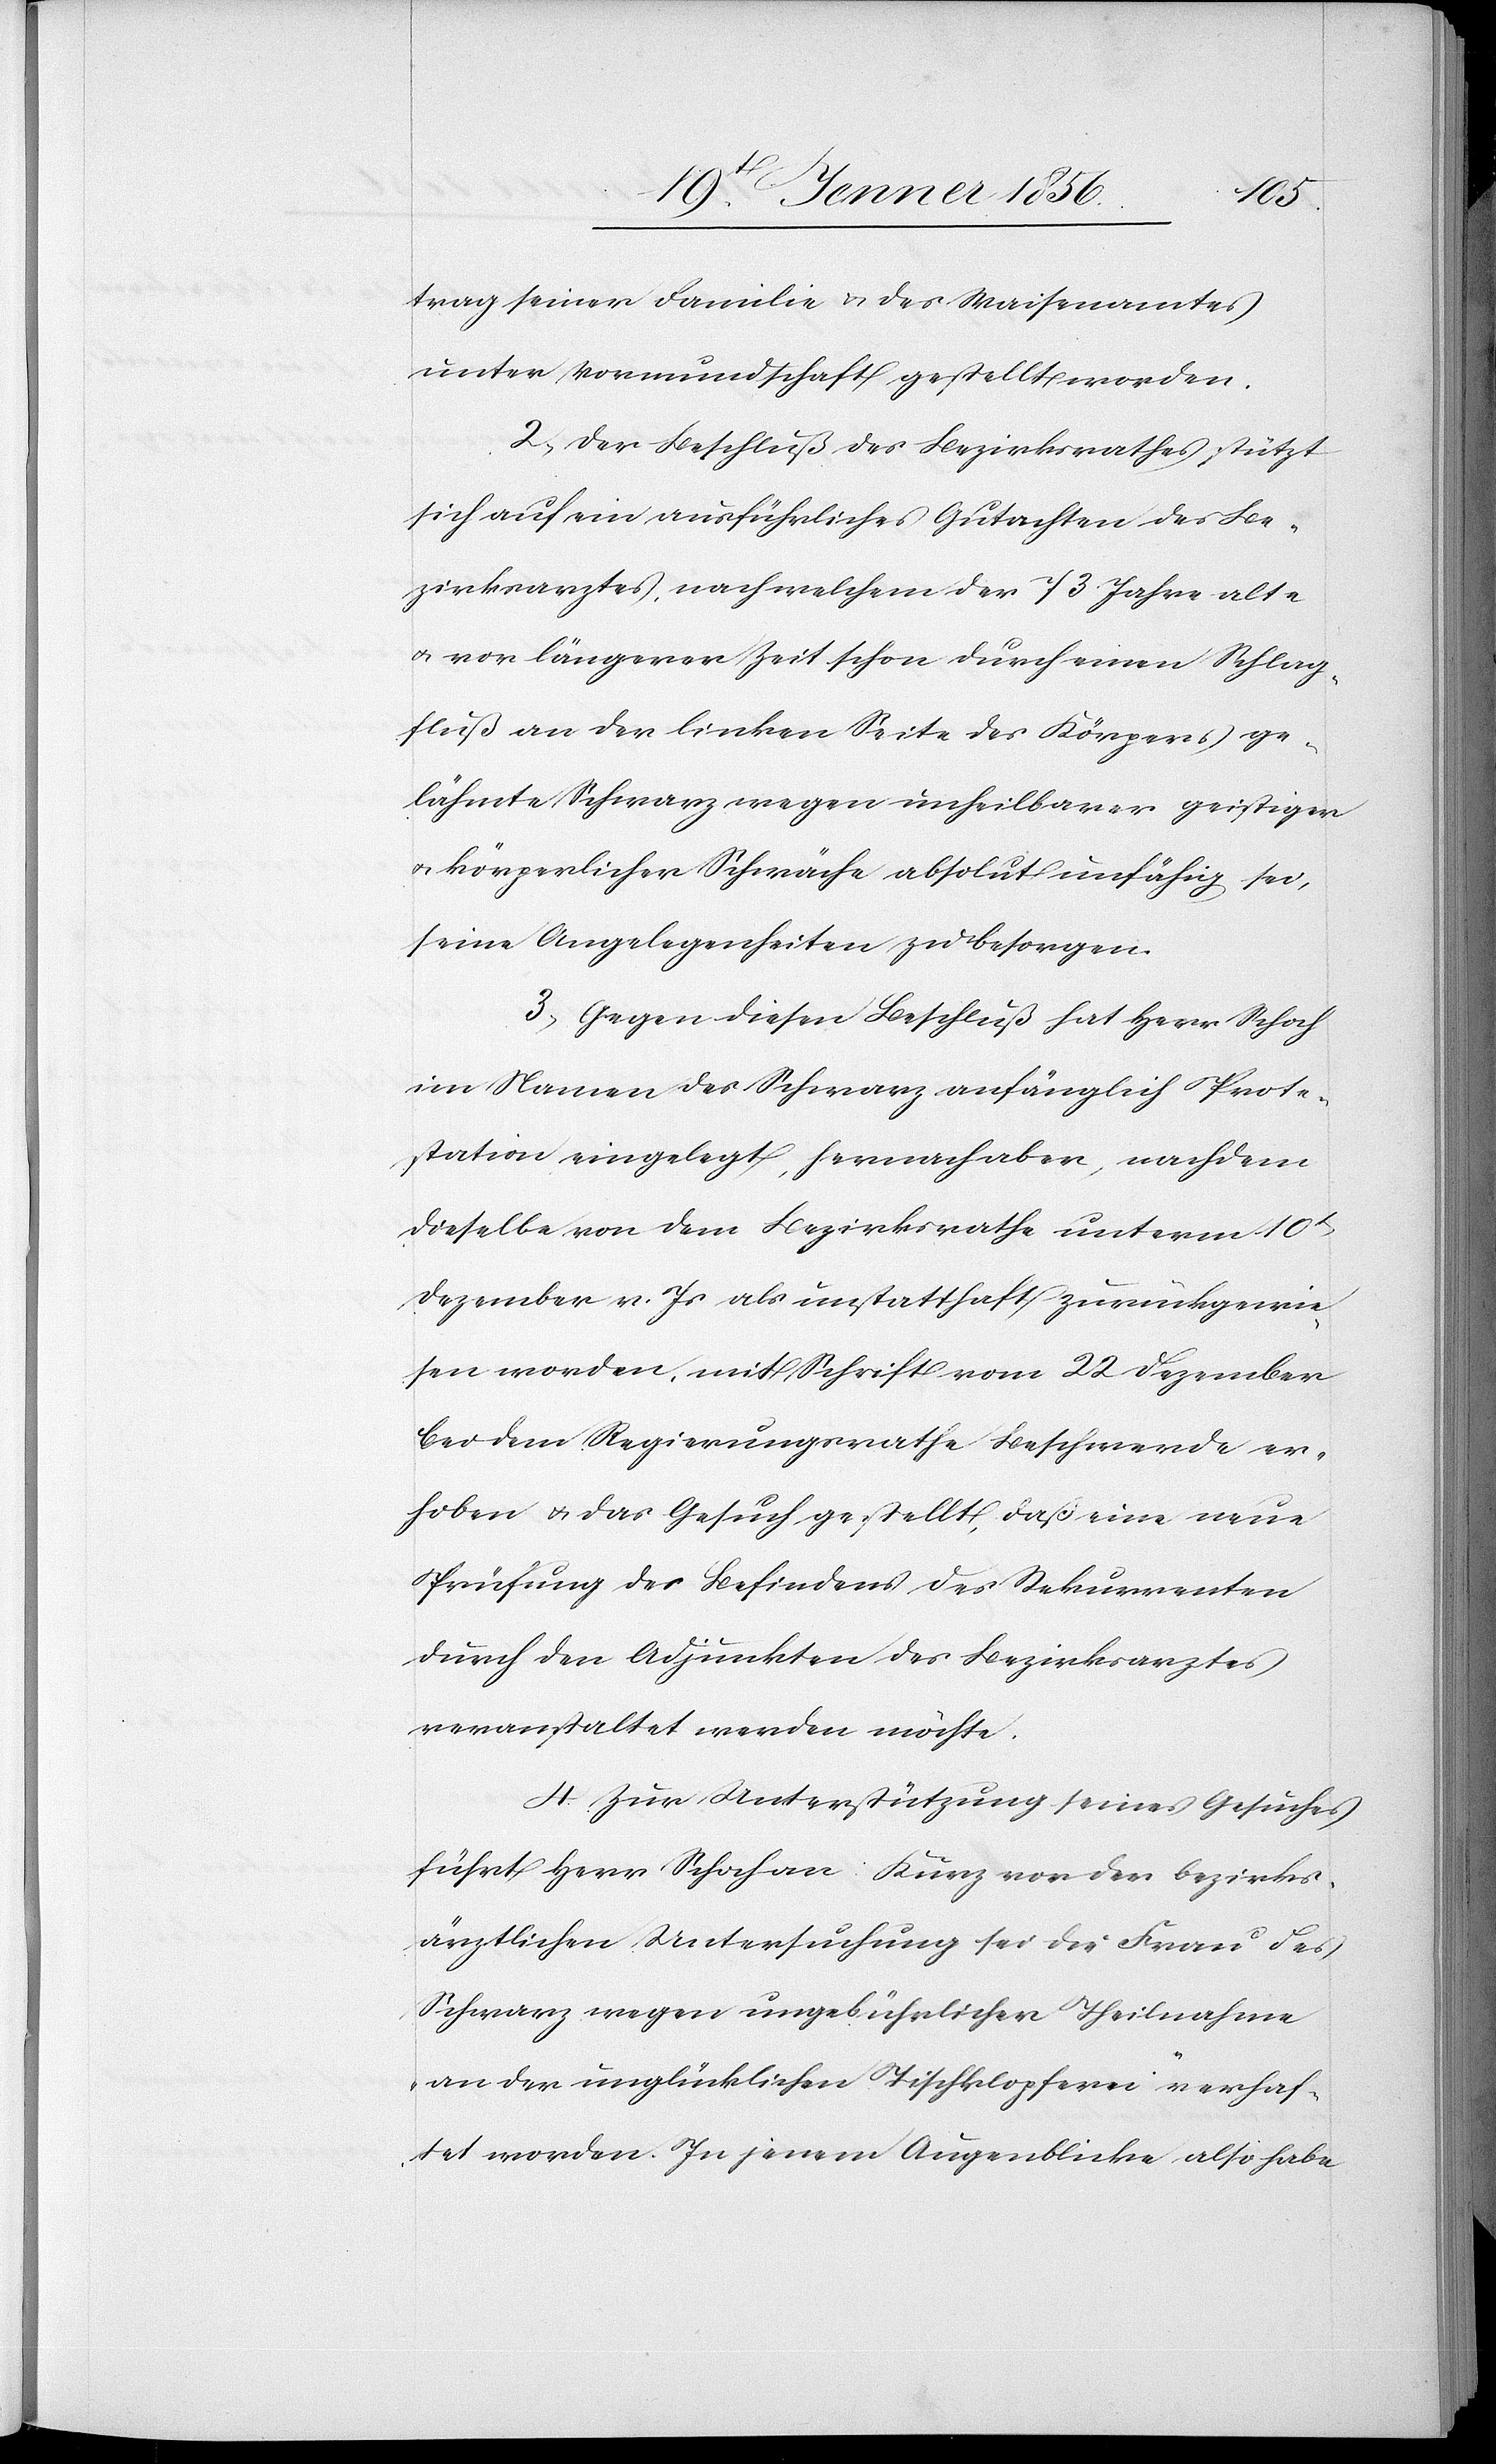
trag seiner Familie u. des Waisenamtes
unter Vormundschaft gestellt worden.
2, Der Beschluß des Bezirksrathes stützt
sich auf ein ausführliches Gutachten des Be¬
zirksrathes, nach welchem der 73 Jahre alte
u. vor längerer Zeit schon durch einen Schlag¬
fluß an der linken Seite des Körpers ge¬
lähmte Schwarz wegen unheilbarer geistiger
u. körperlicher Schwäche absolut unfähig sei,
seine Angelegenheiten zu besorgen.
3, Gegen diesen Beschluß hat Herr Schoch
im Namen des Schwarz anfänglich Prote¬
station eingelegt, hernach aber, nachdem
dieselbe von dem Bezirksrathe unterm 10t
Dezember v. Js als unstatthaft zurückgewie¬
sen worden, mit Schrift vom 22 Dezember
bei dem Regierungsrathe Beschwerde er¬
hoben u. das Gesuch gestellt, daß eine neue
Prüfung des Befindens des Rekurrenten
durch den Adjunkten des Bezirksarztes
veranstaltet werden möchte.
4. Zur Unterstützung seines Gesuches
führt Herr Schoch an: Kurz vor der Bezirks¬
ärztlichen Untersuchung sei die Frau des
Schwarz wegen ungebührlicher Theilnahme
an der unglücklichen Tischklopferei verhaf¬
tet worden. In jenem Augenblicke also habe